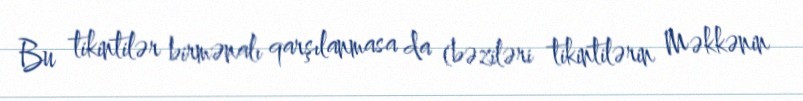
Bu tikintilər birmənalı qarşılanmasa da (bəziləri tikintilərin Məkkənin